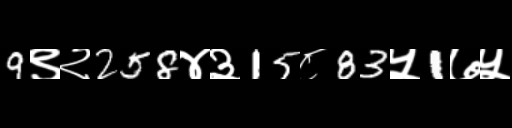
Text: 9९२258४३15८83५1७५